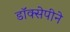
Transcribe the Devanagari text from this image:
डॉक्सेपीने